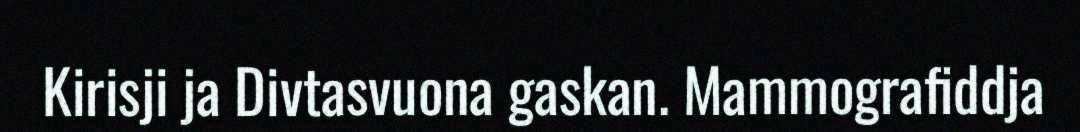
Kirisji ja Divtasvuona gaskan. Mammografiddja